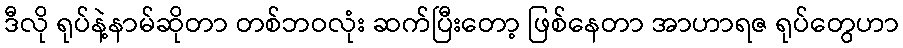
ဒီလို ရုပ်နဲ့နာမ်ဆိုတာ တစ်ဘဝလုံး ဆက်ပြီးတော့ ဖြစ်နေတာ အာဟာရဇ ရုပ်တွေဟာ